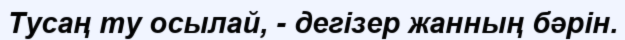
Тусаң ту осылай, - дегізер жанның бәрін.